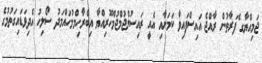
ޖަމިއްޔާގ ެފަރާތުން ރާއްޖެ އައިސްފައިވާ ކަމަށާއި އެއީ ރައިސުލްޖުމްޖުމްހޫރިއްޔާ އިބްރާހިމްމުހައްމަދު ސޯލިހު އެދިވަޑައިގަތުމުގެ